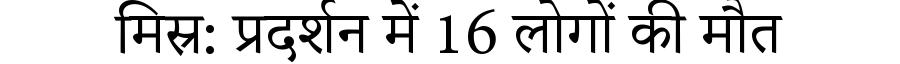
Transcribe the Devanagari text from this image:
मिस्र: प्रदर्शन में 16 लोगों की मौत